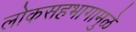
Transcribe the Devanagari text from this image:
लोकसहभागामुळे